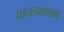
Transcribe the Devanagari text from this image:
घातल्यापमाणे